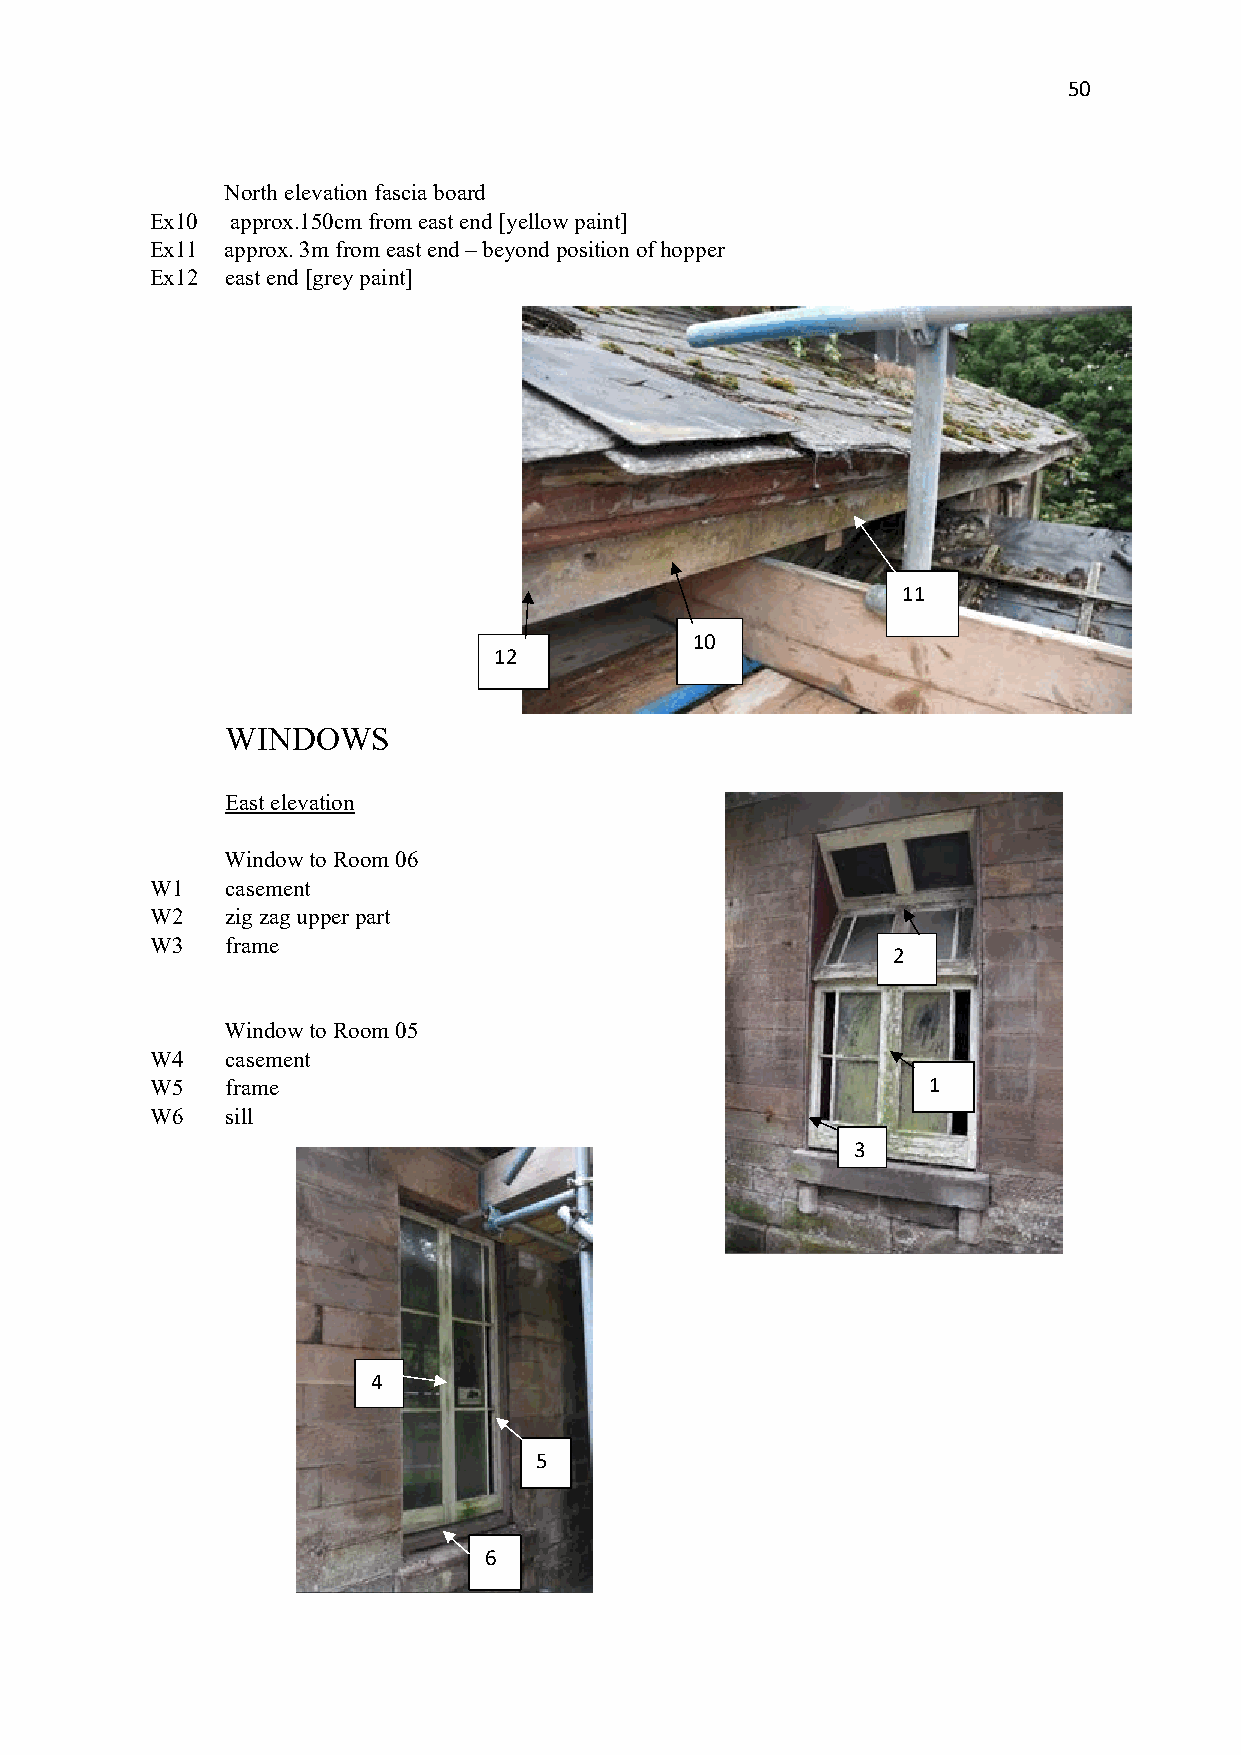
50
 North elevation fascia board
 Ex10 approx.150cm from east end [yellow paint]
 Ex11 approx. 3m from east end – beyond position of hopper
 Ex12 east end [grey paint]
 11
 10
 12
 WINDOWS
 East elevation
 Window to Room 06
 W1   casement
 W2   zig zag upper part
 W3   frame
 2
 Window to Room 05
 W4   casement
 W5   frame                                         1
 W6   sill
 3
 4
 5
 6